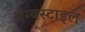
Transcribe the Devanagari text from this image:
थम्बस्टाइल